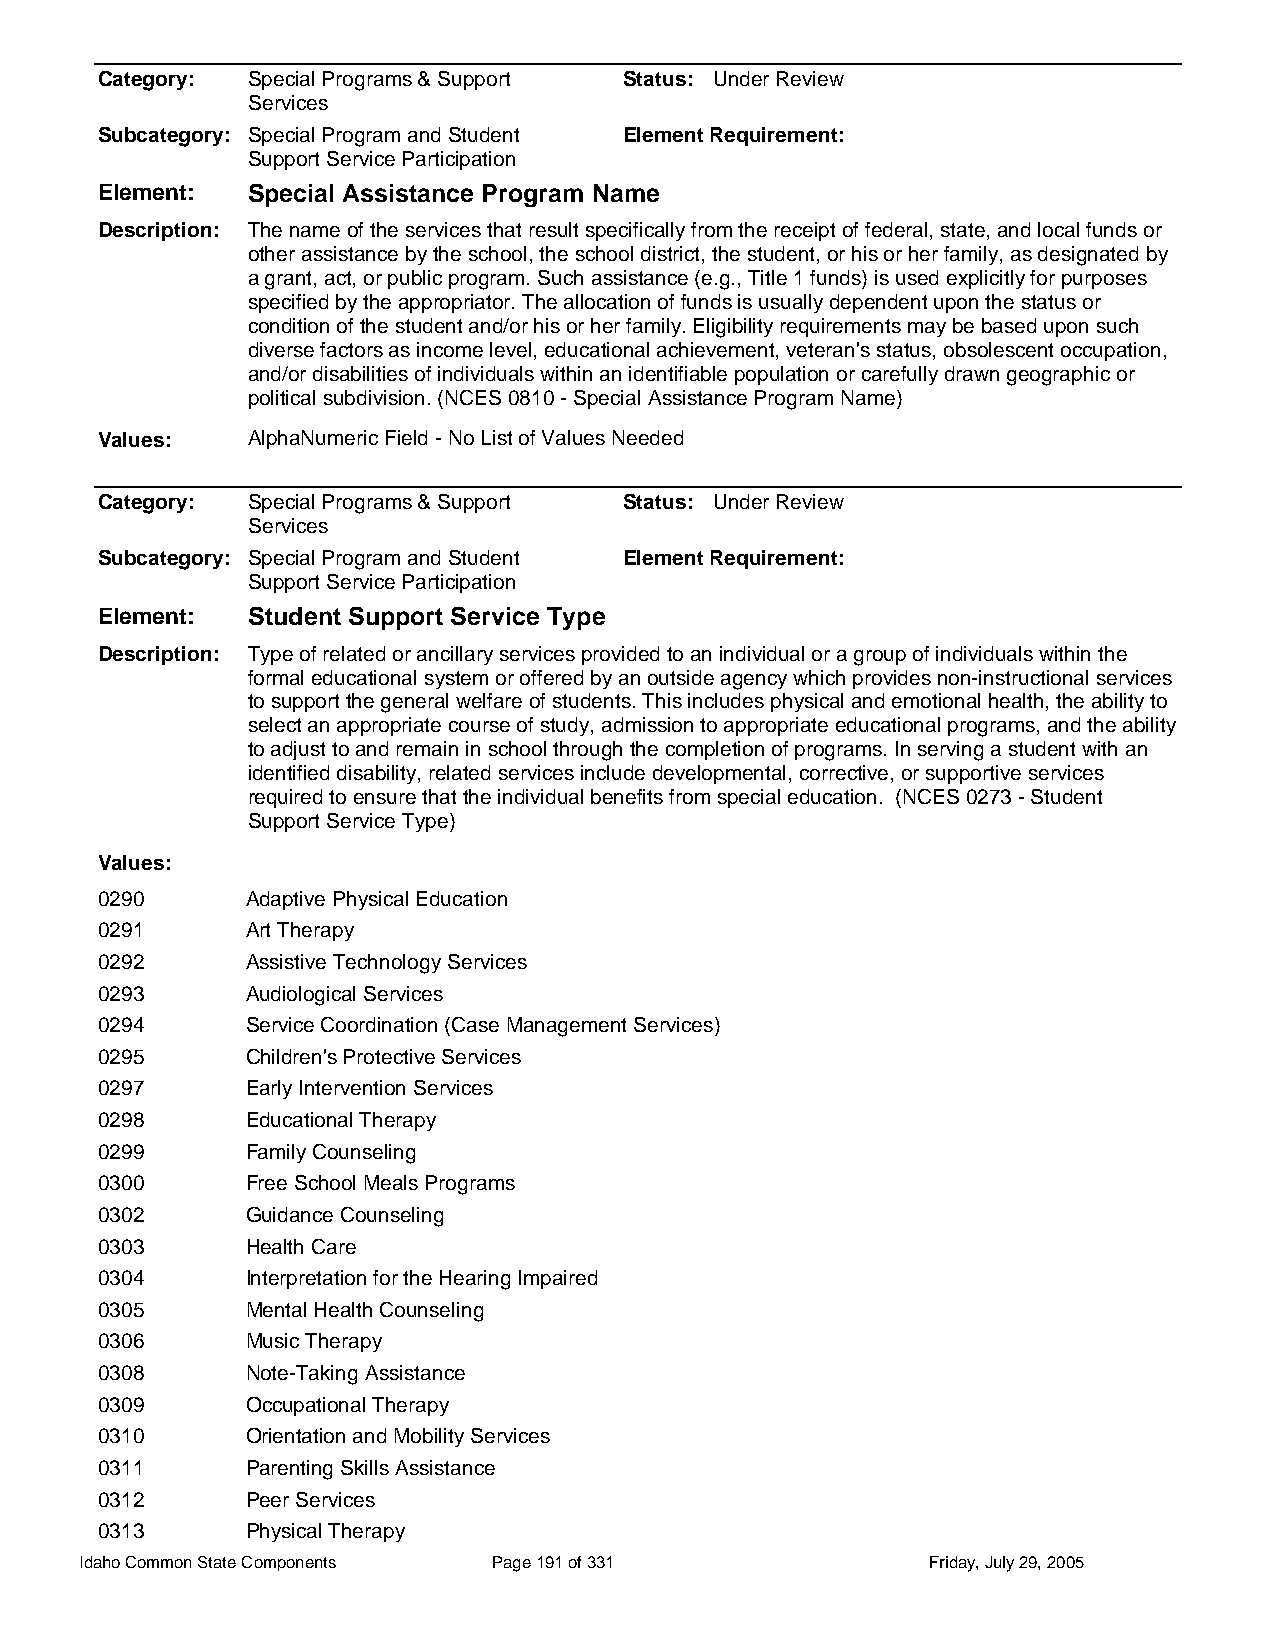
Category: Special Programs & Support Status: Under Review
 Services
 Subcategory: Special Program and Student Element Requirement:
 Support Service Participation
 Element:  Special Assistance Program Name
 Description: The name of the services that result specifically from the receipt of federal, state, and local funds or
 other assistance by the school, the school district, the student, or his or her family, as designated by
 a grant, act, or public program. Such assistance (e.g., Title 1 funds) is used explicitly for purposes
 specified by the appropriator. The allocation of funds is usually dependent upon the status or
 condition of the student and/or his or her family. Eligibility requirements may be based upon such
 diverse factors as income level, educational achievement, veteran's status, obsolescent occupation,
 and/or disabilities of individuals within an identifiable population or carefully drawn geographic or
 political subdivision. (NCES 0810 - Special Assistance Program Name)
 Values:   AlphaNumeric Field - No List of Values Needed
 Category: Special Programs & Support Status: Under Review
 Services
 Subcategory: Special Program and Student Element Requirement:
 Support Service Participation
 Element:  Student Support Service Type
 Description: Type of related or ancillary services provided to an individual or a group of individuals within the
 formal educational system or offered by an outside agency which provides non-instructional services
 to support the general welfare of students. This includes physical and emotional health, the ability to
 select an appropriate course of study, admission to appropriate educational programs, and the ability
 to adjust to and remain in school through the completion of programs. In serving a student with an
 identified disability, related services include developmental, corrective, or supportive services
 required to ensure that the individual benefits from special education. (NCES 0273 - Student
 Support Service Type)
 Values:
 0290      Adaptive Physical Education
 0291      Art Therapy
 0292      Assistive Technology Services
 0293      Audiological Services
 0294      Service Coordination (Case Management Services)
 0295      Children's Protective Services
 0297      Early Intervention Services
 0298      Educational Therapy
 0299      Family Counseling
 0300      Free School Meals Programs
 0302      Guidance Counseling
 0303      Health Care
 0304      Interpretation for the Hearing Impaired
 0305      Mental Health Counseling
 0306      Music Therapy
 0308      Note-Taking Assistance
 0309      Occupational Therapy
 0310      Orientation and Mobility Services
 0311      Parenting Skills Assistance
 0312      Peer Services
 0313      Physical Therapy
 Idaho Common State Components Page 191 of 331           Friday, July 29, 2005